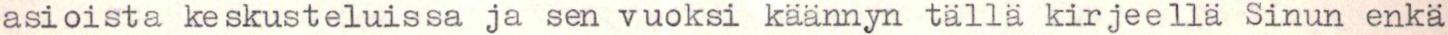
asioista keskusteluissa ja sen vuoksi käännyn tällä kirjeellä Sinun enkä